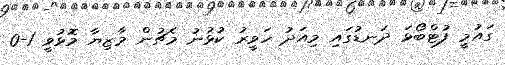
ގައުމީ ފުޓްބޯޅަ ދަނޑުގައި މިއަދު ހަވީރު ކުޅުނު މެޗުން މާޒިޔާ މޮޅުވީ 1-0